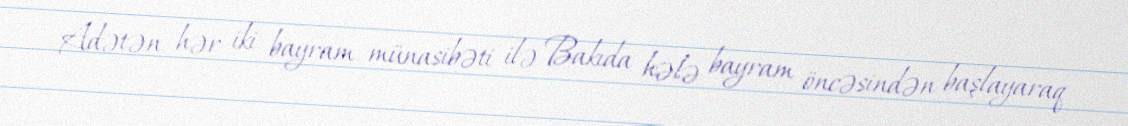
Adətən hər iki bayram münasibəti ilə Bakıda hələ bayram öncəsindən başlayaraq